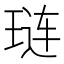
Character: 琏